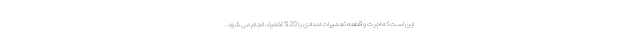
این است که اجرت و قطعه تعمیرات امدادی با 20% تخفیف انجام می شود .